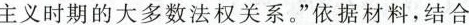
主义时期的大多数法权关系。”依据材料，结合